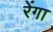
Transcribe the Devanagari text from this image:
रेंगा